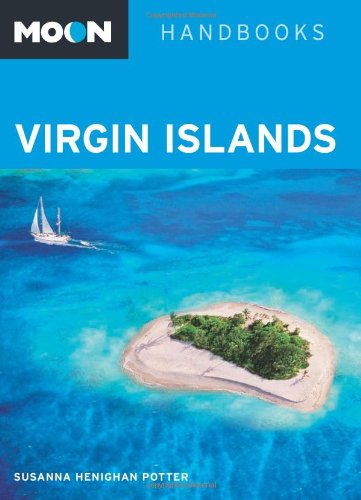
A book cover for Moon Virgin Islands (Moon Handbooks); Susanna Henighan Potter; Travel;